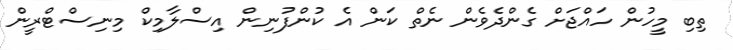
ތިބި މީހުން ހައްޖަށް ގެންދެވެން ނެތް ކަން އެ ކުންފުނިން އިސްލާމިކް މިނިސްޓްރީން